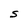
Character: S